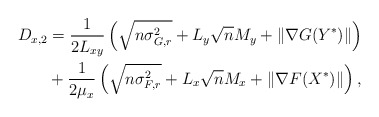
\begin{align*}D_{x,2} &= \frac{1}{2L_{xy}}\left(\sqrt{n\sigma_{G,r}^2} + L_{y}\sqrt{n}M_y+\|\nabla G(Y^*)\| \right)\\&+\frac{1}{2\mu_{x}}\left(\sqrt{n\sigma_{F,r}^2} + L_{x}\sqrt{n}M_x+\|\nabla F(X^*)\| \right),\end{align*}